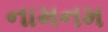
નામનમ